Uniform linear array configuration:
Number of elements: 48
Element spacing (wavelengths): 0.25
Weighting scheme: hamming
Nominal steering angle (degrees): -60
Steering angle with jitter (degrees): -58.181
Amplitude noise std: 0.05
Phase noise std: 0.05

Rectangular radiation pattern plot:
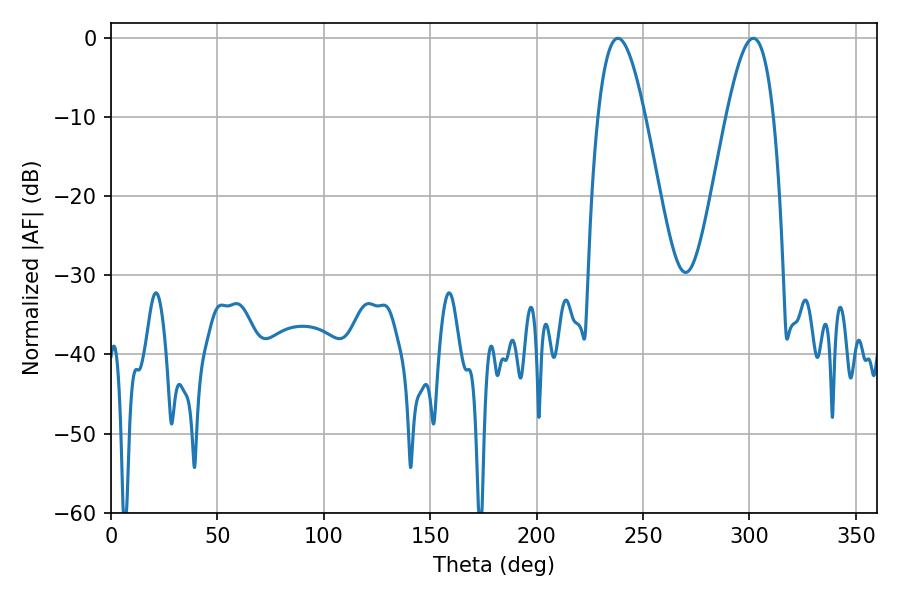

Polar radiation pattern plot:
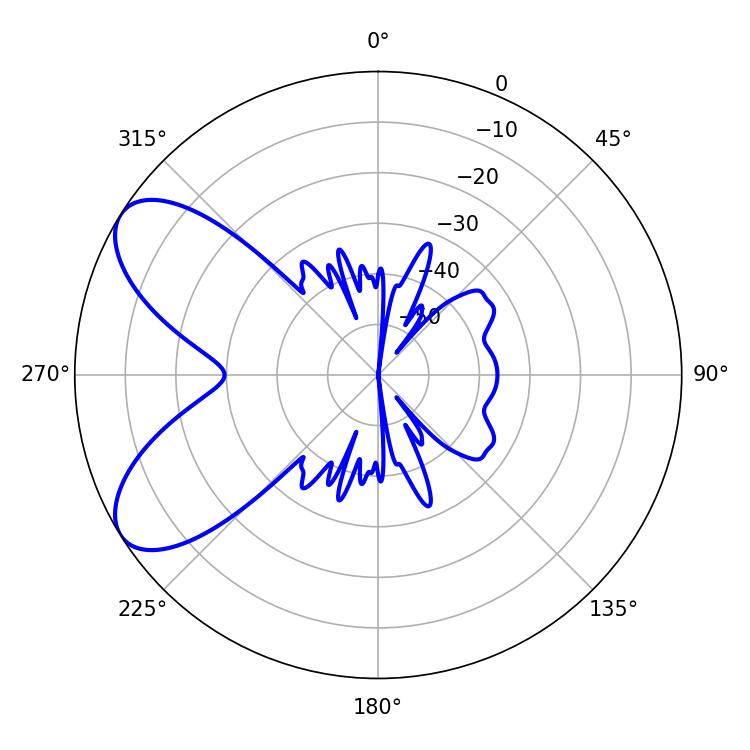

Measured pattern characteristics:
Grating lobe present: FALSE
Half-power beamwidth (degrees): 11.88
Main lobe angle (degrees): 238.14